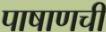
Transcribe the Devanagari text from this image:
पाषाणची